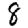
Digit: 8